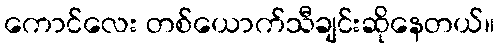
ကောင်လေး တစ်ယောက်သီချင်းဆိုနေတယ်။